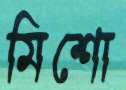
মিশো